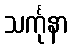
သင်္ကုနာ